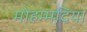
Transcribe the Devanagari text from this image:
मोहम्मदिया